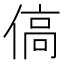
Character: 傐